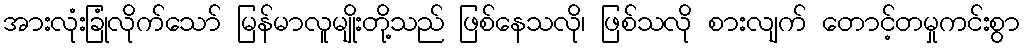
အားလုံးခြုံလိုက်သော် မြန်မာလူမျိုးတို့သည် ဖြစ်နေသလို၊ ဖြစ်သလို စားလျက် တောင့်တမှုကင်းစွာ